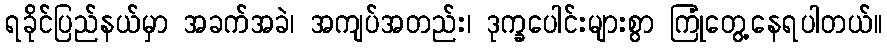
ရခိုင်ပြည်နယ်မှာ အခက်အခဲ၊ အကျပ်အတည်း၊ ဒုက္ခပေါင်းများစွာ ကြုံတွေ့နေရပါတယ်။